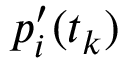
p _ { i } ^ { \prime } ( t _ { k } )